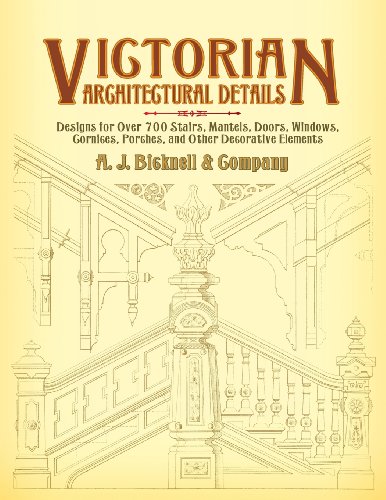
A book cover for Victorian Architectural Details: Designs for Over 700 Stairs, Mantels, Doors, Windows, Cornices, Porches, and Other Decorative Elements (Dover Architecture); A. J. Bicknell & Co.; Arts & Photography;